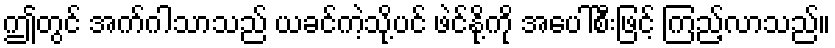
ဤတွင် အက်ဂါသာသည် ယခင်ကဲ့သို့ပင် ဖဲင်နို့ကို အပေါ်စီးဖြင့် ကြည့်လာသည်။